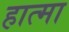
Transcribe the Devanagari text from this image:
हात्मा